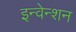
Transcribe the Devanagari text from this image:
इन्वेन्शन